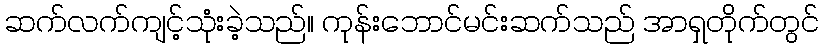
ဆက်လက်ကျင့်သုံးခဲ့သည်။ ကုန်းဘောင်မင်းဆက်သည် အာရှတိုက်တွင်